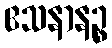
ဧသနာနဉ္စ